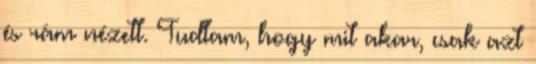
és rám nézett. Tudtam, hogy mit akar, csak azt